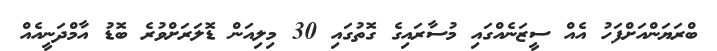
ބްރަޔަންއަށްފަހު އެއް ސީޒަނެއްގައި މުސާރައިގެ ގޮތުގައި 30 މިލިއަން ޑޮލަރަށްވުރެ ބޮޑު އާމްދަނީއެއް